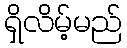
ရှိလိမ့်မည်